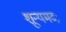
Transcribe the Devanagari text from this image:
शून्यमदः